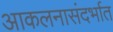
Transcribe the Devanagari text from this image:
आकलनासंदर्भात